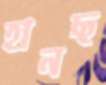
হানছ